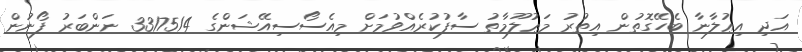
އަދި އިޢުލާނާ ބެހޭގޮތުން އިތުރު މަޢުލޫމާތު ސާފުކުރެއްވުމަށް މިއެސޯސިއޭޝަންގެ 3317514 ނަންބަރު ފޯނުން